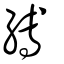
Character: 縛